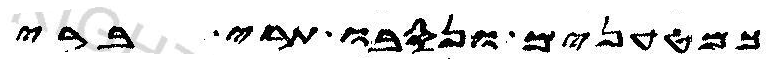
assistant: כמטענים ונסבו תרי ברי